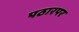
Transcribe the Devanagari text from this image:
पठारपर